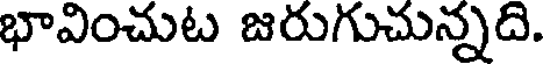
భావించుట జరుగుచున్నది.